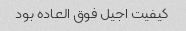
کیفیت اجیل فوق العاده بود